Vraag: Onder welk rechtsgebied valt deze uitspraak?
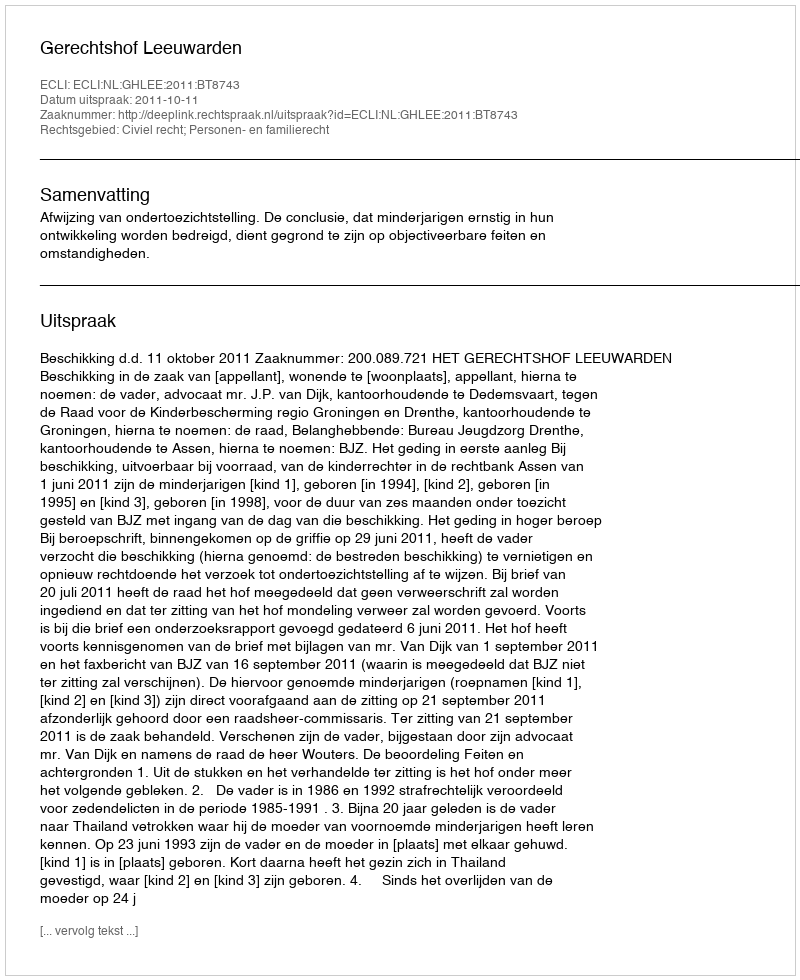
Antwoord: Civiel recht; Personen- en familierecht